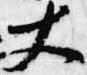
丈